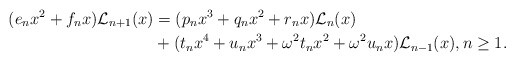
\begin{align*}(e_nx^2+f_nx)\mathcal{L}_{n+1}(x)&=(p_nx^3+q_nx^2+r_nx)\mathcal{L}_n(x) \\ &+(t_nx^4+u_nx^3+\omega^2t_nx^2+\omega^2u_nx)\mathcal{L}_{n-1}(x), n\geq 1.\end{align*}